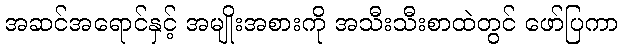
အဆင်အရောင်နှင့် အမျိုးအစားကို အသီးသီးစာထဲတွင် ဖော်ပြကာ